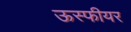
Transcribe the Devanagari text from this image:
ऊस्फीयर